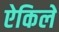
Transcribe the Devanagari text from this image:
ऐकिलें